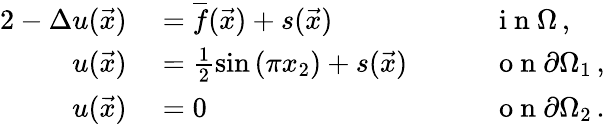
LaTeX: \begin{array}{rlrl}{{2}-\Delta u(\vec{x})}&{{}=\overline{{f}}(\vec{x})+s(\vec{x})\quad}&{}&{{}\mathrm{~i~n~}\Omega\, ,}\\ {u(\vec{x})}&{{}=\frac{1}{2}\sin\left(\pi x_{2}\right)+s(\vec{x})\quad}&{}&{{}\mathrm{~o~n~}\partial\Omega_{1}\, ,}\\ {u(\vec{x})}&{{}=0\quad}&{}&{{}\mathrm{~o~n~}\partial\Omega_{2}\, .}\end{array}